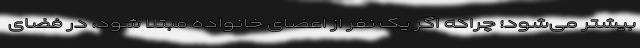
بیشتر می‌شود؛ چراکه اگر یک نفر از اعضای خانواده مبتلا شود، در فضای